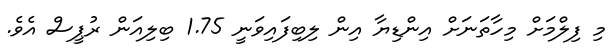
މި ފިލްމަށް މިހާތަނަށް އިންޑިޔާ އިން ލިބިފައިވަނީ 1.75 ބިލިއަން ރުޕީސް އެވެ.